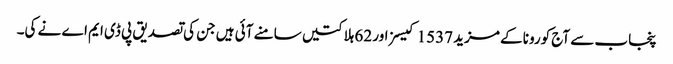
پنجاب سے آج کورونا کے مزید 1537 کیسز اور 62 ہلاکتیں سامنے آئی ہیں جن کی تصدیق پی ڈی ایم اے نے کی۔